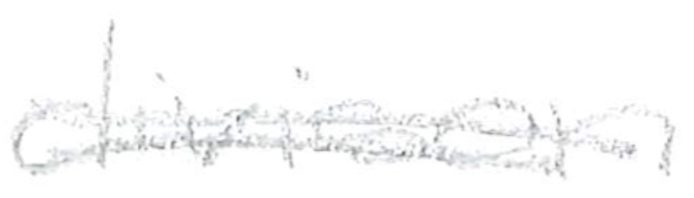
Text: Division
Cross-out: double-line
Writing tool: pencil